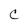
Character: C